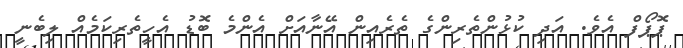
ޕޮޕޯފް އެވެ. އަދި ކުޅުންތެރިންގެ ތެރެއިން އޭނާއަށް އެންމެ ބޮޑު އެހީތެރިކަމެއް ލިބެނީ